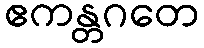
ဧကန္တဂတေ